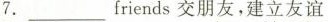
7.___ friends交朋友，建立友谊